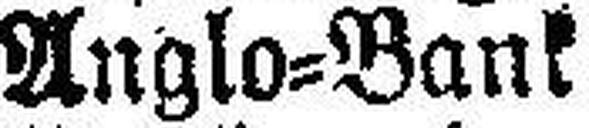
Anglo=Bank